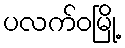
ပလက်ဝမြို့